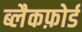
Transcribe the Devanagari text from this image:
ब्लैकफ़ोर्ड